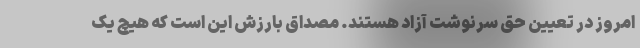
امروز در تعیین حق سرنوشت آزاد هستند. مصداق بارزش این است که هیچ یک